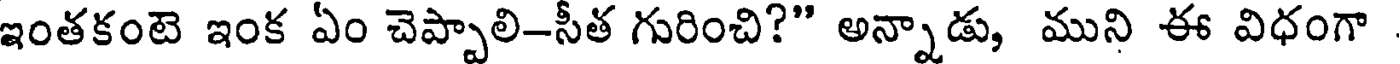
ఇంతకంటె ఇంక ఏం చెప్పాలి-సీత గురించి?" అన్నాడు, ముని ఈ విధంగా